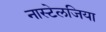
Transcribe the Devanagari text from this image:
नास्टेलजिया